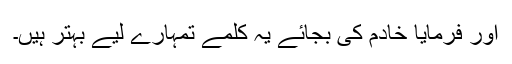
اور فرمایا خادم کی بجائے یہ کلمے تمہارے لیے بہتر ہیں۔